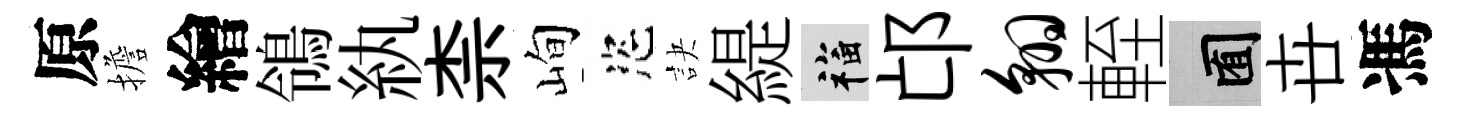
原擔繪鴒紈柰峋恣訣緹福邙翱輊囿卋馮